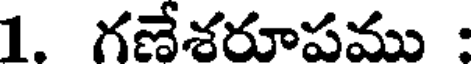
1. గణేశరూపము :